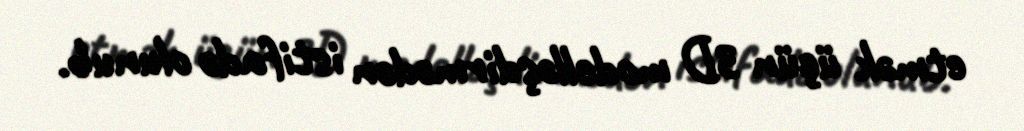
etmək üçün 3D modelləşdirmədən istifadə olunub.